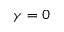
\gamma = 0